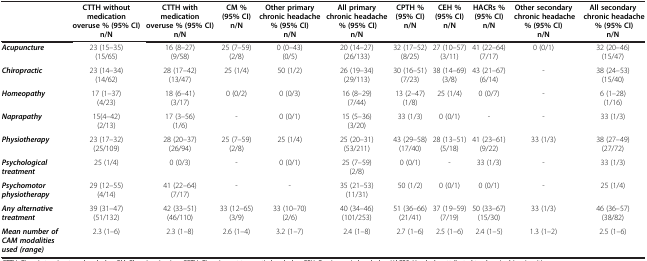
<table><thead><tr><td><b> </b></td><td><b>CTTH without medication overuse % (95% CI) n/N</b></td><td><b>CTTH with medication overuse % (95% CI) n/N</b></td><td><b>CM % (95% CI) n/N</b></td><td><b>Other primary chronic headache % (95% CI) n/N</b></td><td><b>All primary chronic headache % (95% CI) n/N</b></td><td><b>CPTH % (95% CI) n/N</b></td><td><b>CEH % (95% CI) n/N</b></td><td><b>HACRs % (95% CI) n/N</b></td><td><b>Other secondary chronic headache % (95% CI) n/N</b></td><td><b>All secondary chronic headache % (95% CI) n/N</b></td></tr></thead><tbody><tr><td><b><i>Acupuncture</i></b></td><td>23 (15–35) (15/65)</td><td>16 (8–27) (9/58)</td><td>25 (7–59) (2/8)</td><td>0 (0–43) (0/5)</td><td>20 (14–27) (26/133)</td><td>32 (17–52) (8/25)</td><td>27 (10–57) (3/11)</td><td>41 (22–64) (7/17)</td><td>0 (0/1)</td><td>32 (20–46) (15/47)</td></tr><tr><td><b><i>Chiropractic</i></b></td><td>23 (14–34) (14/62)</td><td>28 (17–42) (13/47)</td><td>25 (1/4)</td><td>50 (1/2)</td><td>26 (19–34) (29/113)</td><td>30 (16–51) (7/23)</td><td>38 (14–69) (3/8)</td><td>43 (21–67) (6/14)</td><td>-</td><td>38 (24–53) (15/40)</td></tr><tr><td><b><i>Homeopathy</i></b></td><td>17 (1–37) (4/23)</td><td>18 (6–41) (3/17)</td><td>0 (0/2)</td><td>0 (0/3)</td><td>16 (8–29) (7/44)</td><td>13 (2–47) (1/8)</td><td>25 (1/4)</td><td>0 (0/7)</td><td>-</td><td>6 (1–28) (1/16)</td></tr><tr><td><b><i>Naprapathy</i></b></td><td>15(4–42) (2/13)</td><td>17 (3–56) (1/6)</td><td>-</td><td>0 (0/1)</td><td>15 (5–36) (3/20)</td><td>33 (1/3)</td><td>0 (0/1)</td><td>-</td><td>-</td><td>33 (1/3)</td></tr><tr><td><b><i>Physiotherapy</i></b></td><td>23 (17–32) (25/109)</td><td>28 (20–37) (26/94)</td><td>25 (7–59) (2/8)</td><td>25 (1/4)</td><td>25 (20–31) (53/211)</td><td>43 (29–58) (17/40)</td><td>28 (13–51) (5/18)</td><td>41 (23–61) (9/22)</td><td>33 (1/3)</td><td>38 (27–49) (27/72)</td></tr><tr><td><b><i>Psychological treatment</i></b></td><td>25 (1/4)</td><td>0 (0/3)</td><td>-</td><td>0 (0/1)</td><td>25 (7–59) (2/8)</td><td>0 (0/1)</td><td>-</td><td>33 (1/3)</td><td>-</td><td>33 (1/3)</td></tr><tr><td><b><i>Psychomotor physiotherapy</i></b></td><td>29 (12–55) (4/14)</td><td>41 (22–64) (7/17)</td><td>-</td><td>-</td><td>35 (21–53) (11/31)</td><td>50 (1/2)</td><td>0 (0/1)</td><td>0 (0/1)</td><td>-</td><td>25 (1/4)</td></tr><tr><td><b><i>Any alternative treatment</i></b></td><td>39 (31–47) (51/132)</td><td>42 (33–51) (46/110)</td><td>33 (12–65) (3/9)</td><td>33 (10–70) (2/6)</td><td>40 (34–46) (101/253)</td><td>51 (36–66)(21/41)</td><td>37 (19–59) (7/19)</td><td>50 (33–67) (15/30)</td><td>33 (1/3)</td><td>46 (36–57) (38/82)</td></tr><tr><td><b><i>Mean number of CAM modalities used (range)</i></b></td><td>2.3 (1–6)</td><td>2.3 (1–8)</td><td>2.6 (1–4)</td><td>3.2 (1–7)</td><td>2.4 (1–8)</td><td>2.7 (1–6)</td><td>2.5 (1–6)</td><td>2.4 (1–5)</td><td>1.3 (1–2)</td><td>2.5 (1–6)</td></tr></tbody></table>